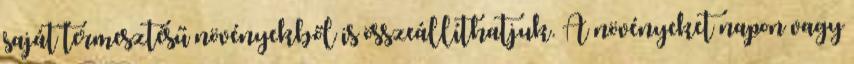
saját termesztésű növényekből is összeállíthatjuk. A növényeket napon vagy